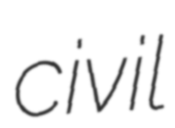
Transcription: civil